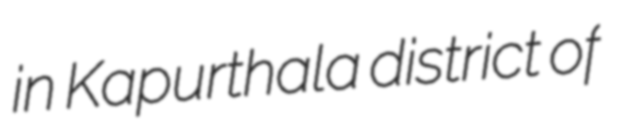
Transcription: in Kapurthala district of